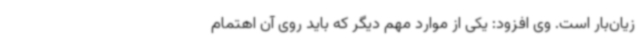
زیان‌بار است. وی افزود: یکی از موارد مهم دیگر که باید روی آن اهتمام